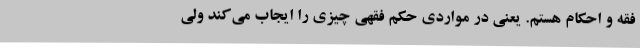
فقه و احکام هستم. یعنی در مواردی حکم فقهی چیزی را ایجاب می‌کند ولی